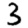
Digit: 3